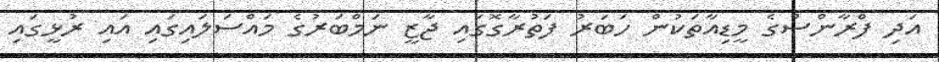
އަދި ފްރާންސްގެ މީޑިއާތަކުން ހަބަރު ފަތުރާގޮގައި ޖާޒީ ނަމްބަރުގެ މައްސަލައިގައި އައި ރުޅީގައި